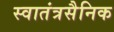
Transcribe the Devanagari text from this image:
स्वातंत्रसैनिक